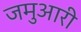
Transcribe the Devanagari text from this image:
जमुआरी